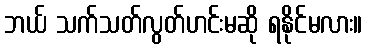
ဘယ် သက်သတ်လွတ်ဟင်းမဆို ရနိုင်မလား။